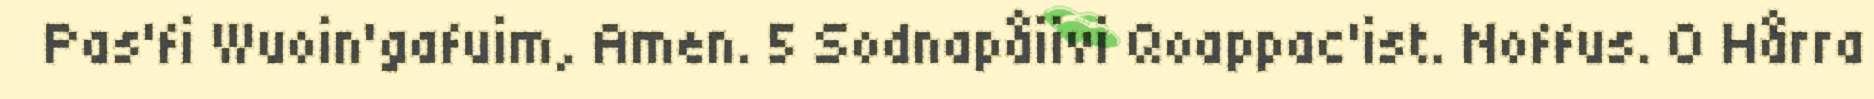
Pas'fi Wuoin'gafuim, Amen. 5 Sodnapåiivi Qoappac'ist. Noffus. O Hårra